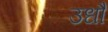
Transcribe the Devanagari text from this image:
उधौ